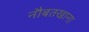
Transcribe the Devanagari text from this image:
नौबतखाना